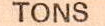
TONS